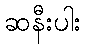
ဆနီးပါး